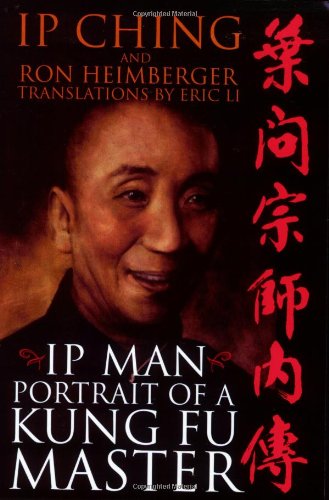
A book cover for Ip Man - Portrait of a Kung Fu Master; Ip Ching; Biographies & Memoirs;